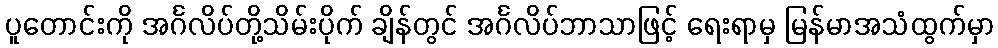
ပူတောင်းကို အင်္ဂလိပ်တို့သိမ်းပိုက် ချိန်တွင် အင်္ဂလိပ်ဘာသာဖြင့် ရေးရာမှ မြန်မာအသံထွက်မှာ